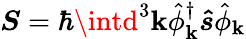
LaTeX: {\boldsymbol{S}}=\hbar\intd^{3}\mathbf{k}{\hat{{\phi}}}_{\boldsymbol{\mathbf{k}}}^{\dagger}{\boldsymbol{\hat{{s}}}}{\hat{{\phi}}}_{\boldsymbol{\mathbf{k}}}